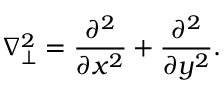
\nabla _ { \perp } ^ { 2 } = \frac { \partial ^ { 2 } } { \partial x ^ { 2 } } + \frac { \partial ^ { 2 } } { \partial y ^ { 2 } } .